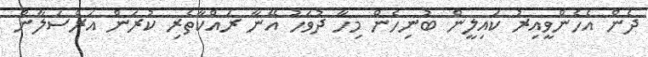
ދެން އެހެންވީއިރު ކައިލީން ބުނިހެން މިހާ ދުވަހު އޭނާ ރައްކާތެރި ކުރަން އަރްސަލާން